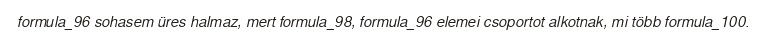
formula_96 sohasem üres halmaz, mert formula_98, formula_96 elemei csoportot alkotnak, mi több formula_100.